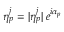
\eta _ { p } ^ { j } = | \eta _ { p } ^ { j } | \: e ^ { i \alpha _ { p } }